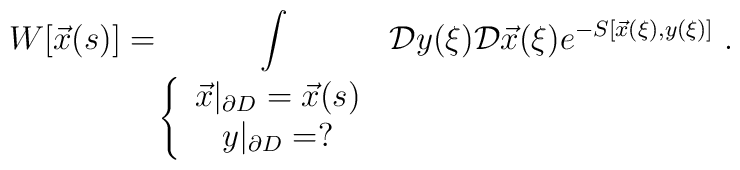
W[\vec{x}(s)]=\int\limits _{\left\{ \begin{array}{c}\vec{x}|_{\partial D}=\vec{x}(s)\\y|_{\partial D}=?\end{array}\right. }\mathcal{D}y(\xi )\mathcal{D}\vec{x}(\xi )e^{-S[\vec{x}(\xi ),y(\xi )]}\; .